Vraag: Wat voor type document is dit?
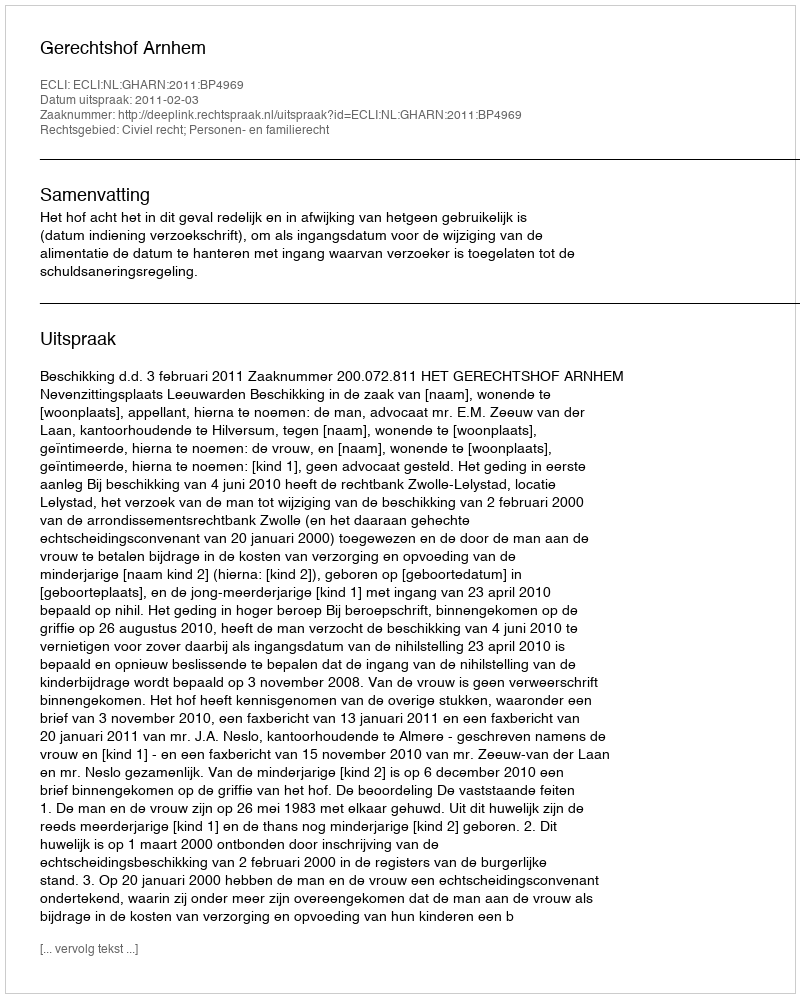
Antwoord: Uitspraak